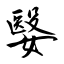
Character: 嫛